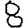
Digit: 8